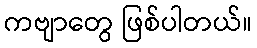
ကဗျာတွေ ဖြစ်ပါတယ်။